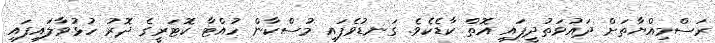
ރަސްމިއްޔާތަށް ދައުވަތުދީފައި އޮތް ކާޑެކެވެ. ގަނޑުވެފައި މުސްކާން ހުއްޓާ ކޮޓަރީގެ ދޮރު ހުޅުވާލައިފައި